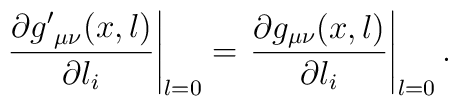
\left. \frac{\partial {g'}_{\mu\nu} (x,l)}{\partial l_{i}}\right|_{l=0} = \left. \frac{\partial g_{\mu\nu} (x,l)}{\partial l_{i}}\right|_{l=0}.